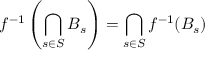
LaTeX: f ^ { - 1 } \left( \bigcap _ { s \in S } B _ { s } \right) = \bigcap _ { s \in S } f ^ { - 1 } ( B _ { s } )